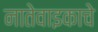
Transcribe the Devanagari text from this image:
नातेवाइकाचे